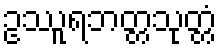
ဥဿူရဘတ္တသုတ္တံ